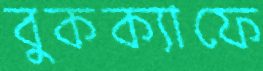
বুকক্যাফে